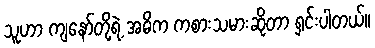
သူဟာ ကျနော်တို့ရဲ့ အဓိက ကစားသမားဆိုတာ ရှင်းပါတယ်။